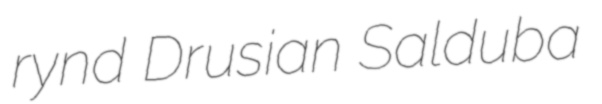
rynd Drusian Salduba